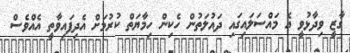
ގާޒީ ވިދާޅުވީ އެ މައްސަލައިގައި ދައުލަތުން ހެކިން ހިމާޔަތް ކުރުމަށް އެދިފައިވާތީ އެއްވެސް